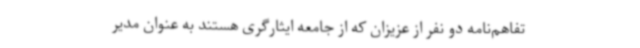
تفاهم‌نامه دو نفر از عزیزان که از جامعه ایثارگری هستند به عنوان مدیر